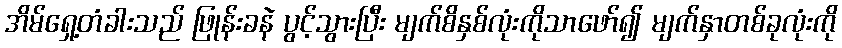
အိမ်ရှေ့တံခါးသည် ဖြုန်းခနဲ ပွင့်သွားပြီး မျက်စိနှစ်လုံးကိုသာဖော်၍ မျက်နှာတစ်ခုလုံးကို